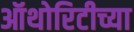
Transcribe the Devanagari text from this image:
ऑथोरिटीच्या